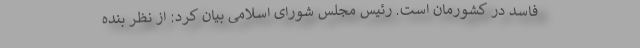
فاسد در کشورمان است. رئیس مجلس شورای اسلامی بیان کرد: از نظر بنده